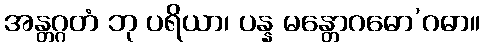
အန္တဂ္ဂတံ ဘု ပရိယာ၊ ပန္န မန္တောဂဓော’ဂဓာ။